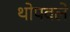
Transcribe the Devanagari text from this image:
थोपवले